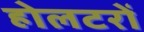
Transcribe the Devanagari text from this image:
होलटरों